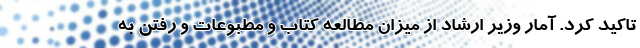
تاکید کرد. آمار وزیر ارشاد از میزان مطالعه کتاب و مطبوعات و رفتن به